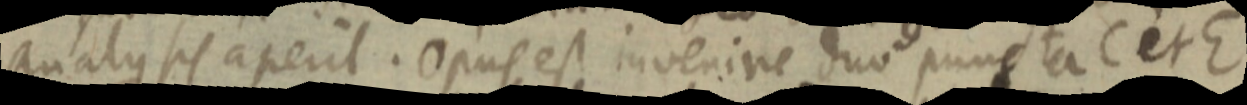
analysis aperit. Opus est invenire duo puncta C et E